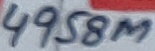
Text: 4958M